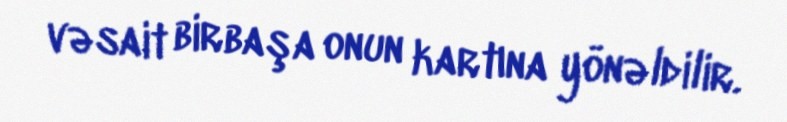
vəsait birbaşa onun kartına yönəldilir.